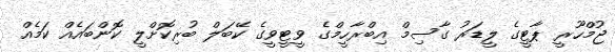
ޖުމްހޫރީ ޕާޓީގެ ލީޑަރު ގާސިމް އިބްރާހީމްގެ ވީޓީވީގެ ކޭބަލް ބުރިކޮށްލީ ކޮންބައެއް ކަމެއް